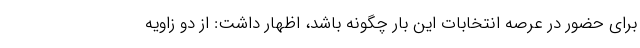
برای حضور در عرصه انتخابات این بار چگونه باشد، اظهار داشت: از دو زاویه